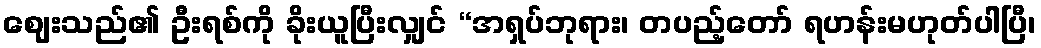
ဈေးသည်၏ ဦးရစ်ကို ခိုးယူပြီးလျှင် “အရှပ်ဘုရား၊ တပည့်တော် ရဟန်းမဟုတ်ပါပြီ၊